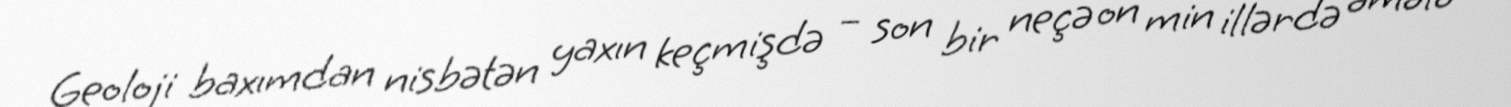
Geoloji baxımdan nisbətən yaxın keçmişdə – son bir neçə on min illərdə əmələ